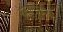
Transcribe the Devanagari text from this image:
रेल्वेगाडीची